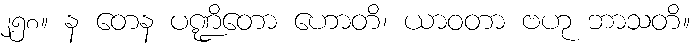
၂၅၈။ န တေန ပဏ္ဍိတော ဟောတိ၊ ယာဝတာ ဗဟု ဘာသတိ။